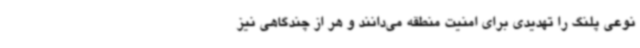
نوعی پلنگ را تهدیدی برای امنیت منطقه می‌دانند و هر از چندگاهی نیز